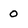
Character: 0